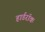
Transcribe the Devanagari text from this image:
हार्डरॉक